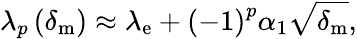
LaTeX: \lambda_{p}\left(\delta_{\mathrm{m}}\right)\approx\lambda_{\mathrm{e}}+\left(-1\right)^{p}\alpha_{1}\sqrt{\delta_{\mathrm{m}}},